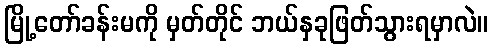
မြို့တော်ခန်းမကို မှတ်တိုင် ဘယ်နှခုဖြတ်သွားရမှာလဲ။